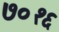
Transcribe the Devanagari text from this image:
७०१६